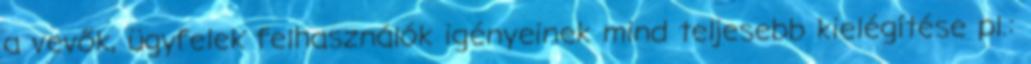
a vevők, ügyfelek felhasználók igényeinek mind teljesebb kielégítése pl.: